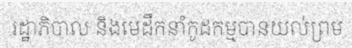
រដ្ឋាភិបាល និងមេដឹកនាំកូដកម្មបានយល់ព្រម